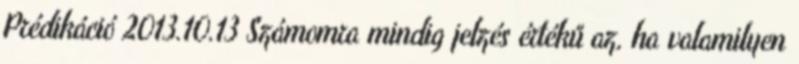
Prédikáció 2013.10.13 Számomra mindig jelzés értékű az, ha valamilyen